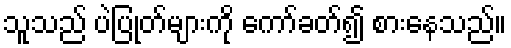
သူသည် ပဲပြုတ်များကို ကော်ခတ်၍ စားနေသည်။